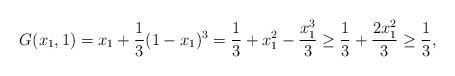
LaTeX: \begin{align*}G(x_1,1)=x_1+\frac13 (1-x_1)^3=\frac 13+x_1^2- \frac{x_1^3}{3}\geq \frac 13+\frac{2 x_1^2}{3} \geq \frac 13,\end{align*}